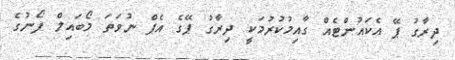
ދިރާގު ޕޭ އެކައުންޓެއް ގާއިމުކުރުމަކީ ދިރާގު ޕޭގެ އެޕް ނުވަތަ މޯބައިލް ފޯނުގެ